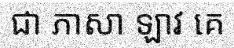
ជា ភាសា ឡាវ គេ